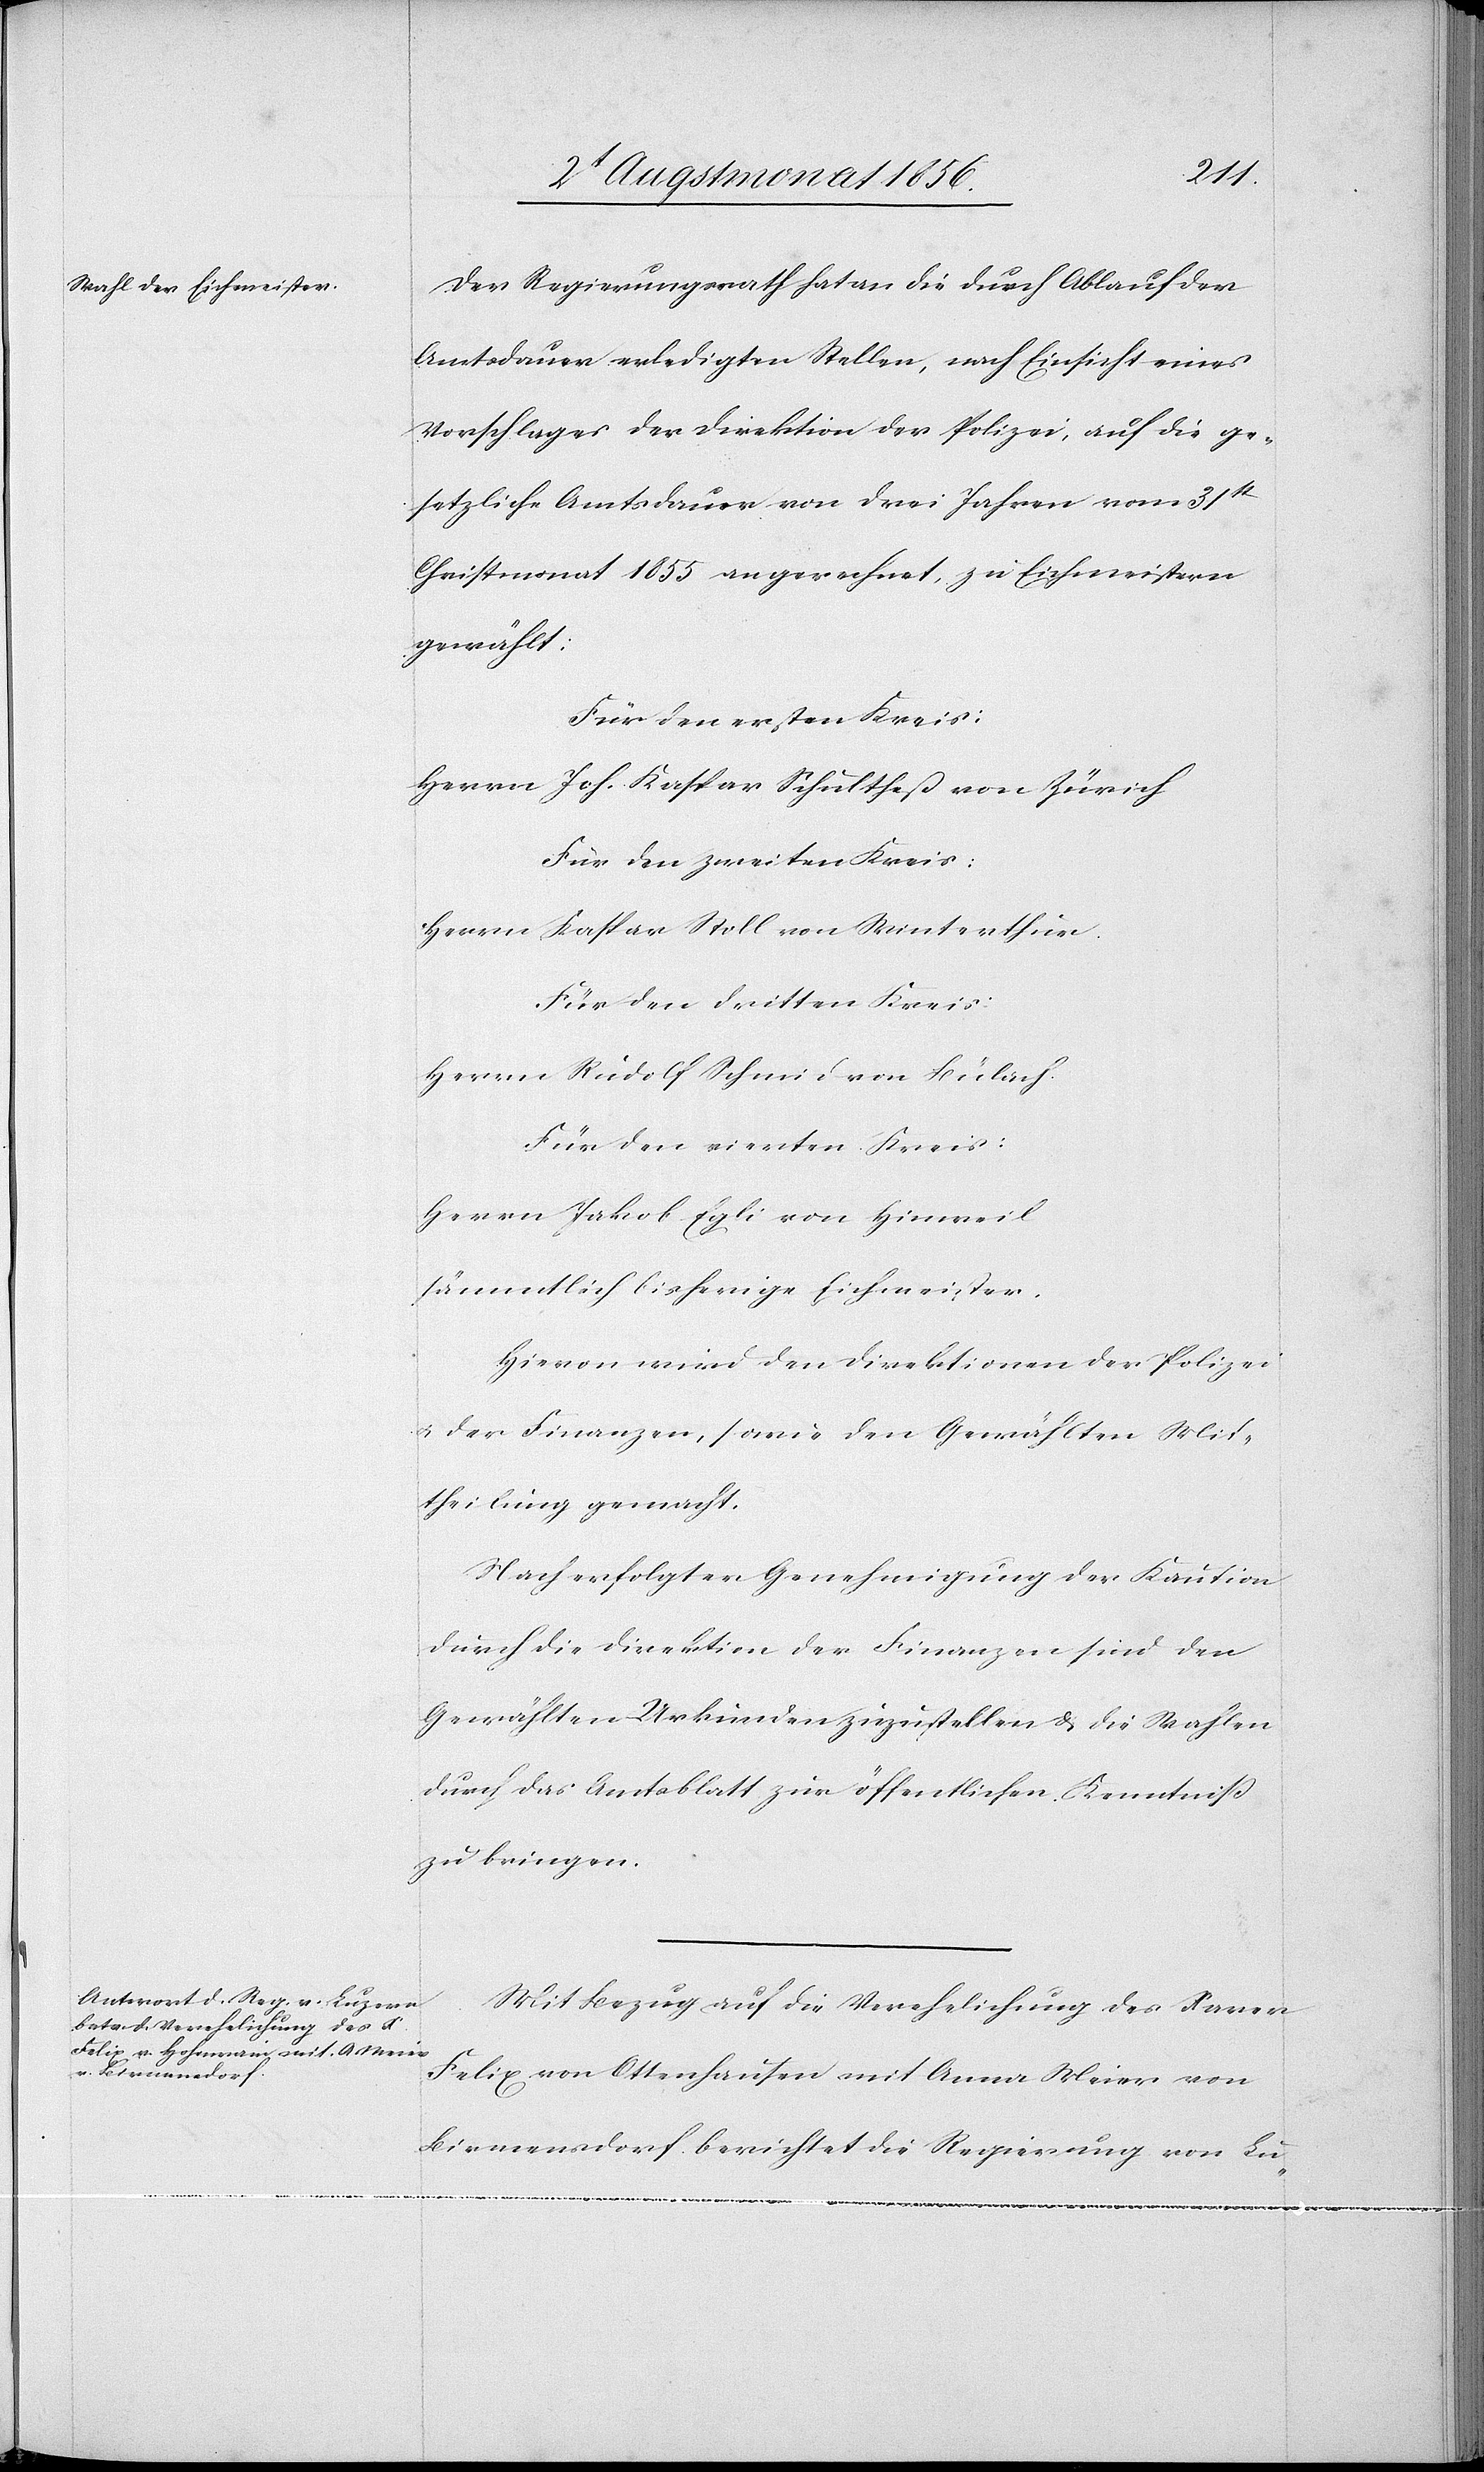
Der Regierungsrath hat an die durch Ablauf der
Amtsdauer erledigten Stellen, nach Einsicht eines
Vorschlages der Direktion der Polizei, auf die ge¬
setzliche Amtsdauer von drei Jahren vom 31st
Christmonat 1855 angerechnet, zu Eichmeistern
gewählt:
Für den ersten Kreis:
Herrn Joh. Kaspar Schultheß von Zürich
Für den zweiten Kreis:
Herrn Kaspar Stoll von Winterthur.
Für den dritten Kreis:
Herrn Rudolf Schmid von Bülach.
Für den vierten Kreis:
Herrn Jakob Egli von Hinweil
sämmtlich bisherige Eichmeister.
Hievon wird den Direktionen der Polizei
u. der Finanzen, sowie den Gewählten Mit¬
theilung gemacht.
Nach erfolgter Genehmigung der Kaution
durch die Direktion der Finanzen sind den
Gewählten Urkunden zuzustellen & die Wahlen
durch das Amtsblatt zur öffentlichen Kenntniß
zu bringen.
Mit Bezug auf die Verehelichung des Xaver
Felix von Ottenhausen mit Anna Meier von
Birmensdorf berichtet die Regierung von Lu-